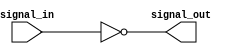
module inverter_delay (
    input wire signal_in,
    output reg signal_out
);

always @ (signal_in) begin
    #1; // introduce a delay of 1 unit of time
    signal_out = ~signal_in; // invert the input signal
end

endmodule